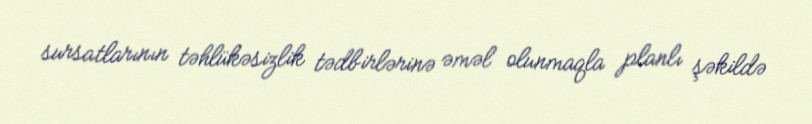
sursatlarının təhlükəsizlik tədbirlərinə əməl olunmaqla planlı şəkildə